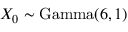
X _ { 0 } \sim \mathrm { G a m m a } ( 6 , 1 )